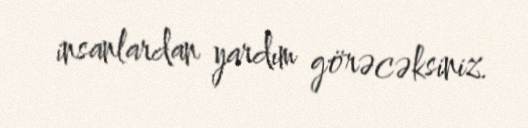
insanlardan yardım görəcəksiniz.